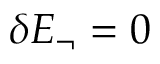
\delta E _ { \neg } = 0